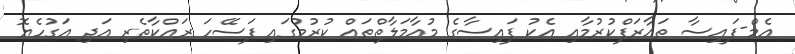
އެމް-ފައިސާ ތައާރަފްކުރުމާއި އެކު ފައިސާގެ މުއާމަލާތްތައް ކުރުމުގައި ފަސޭހަ ރައްކާތެރި އަދި އަގުހެޔޮ